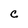
Character: c